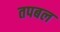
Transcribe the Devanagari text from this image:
तपबल